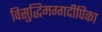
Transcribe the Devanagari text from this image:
विसुद्धिमग्गदीपिका